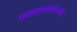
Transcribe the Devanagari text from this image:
प्रकाशनानंतरच्या